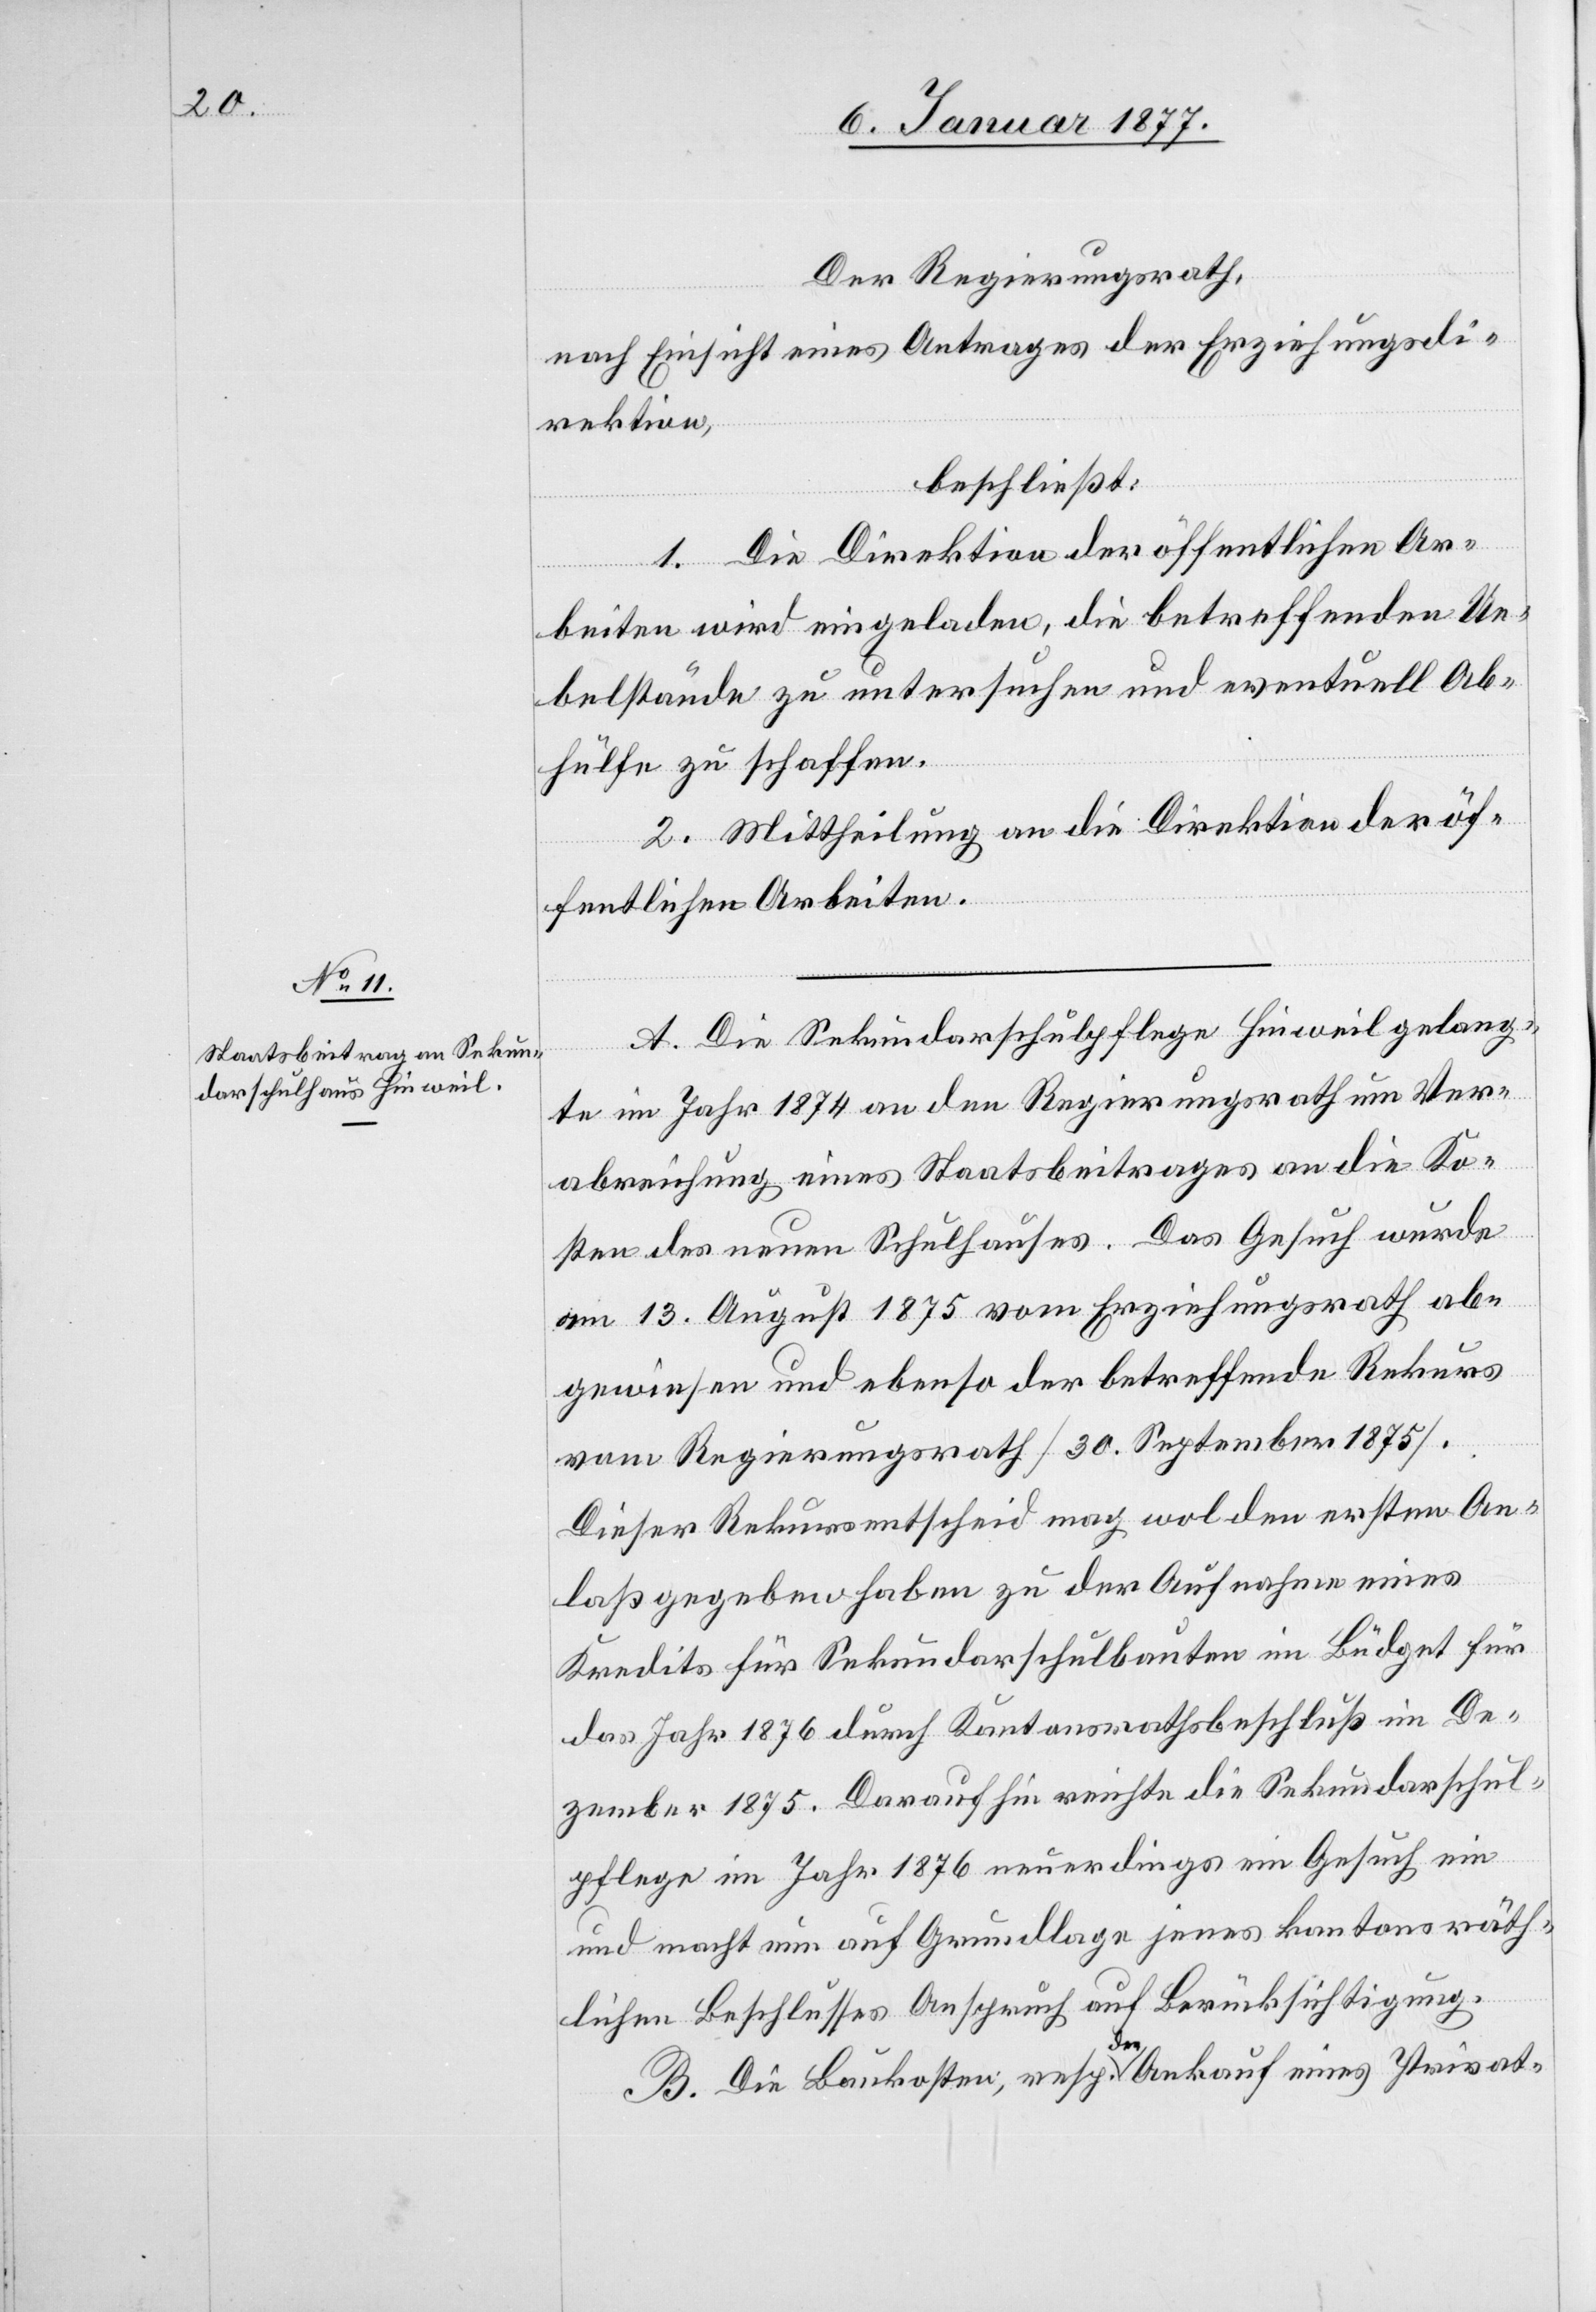
Der Regierungsrath,
nach Einsicht eines Antrages der Erziehungsdi¬
rektion,
beschließt:
1. Die Direktion der öffentlichen Ar¬
beiten wird eingeladen, die betreffenden Ue¬
belstände zu untersuchen und eventuell Ab¬
hülfe zu schaffen.
2. Mittheilung an die Direktion der öf¬
fentlichen Arbeiten.
A. Die Sekundarschulpflege Hinweil gelang¬
te im Jahr 1874 an den Regierungsrath um Ver¬
abreichung eines Staatsbeitrages an die Ko¬
sten des neuen Schulhauses. Das Gesuch wurde
am 13. August 1875 vom Erziehungsrath ab¬
gewiesen und ebenso der betreffende Rekurs
vom Regierungsrath [30. September 1875].
Dieser Rekursentscheid mag wol den ersten An¬
laß gegeben haben zu Aufnahme eines
Kredites für Sekundarschulbauten im Büdget für
das Jahr 1876 durch Kantonsrathsbeschluß im De¬
zember 1875. Daraufhin reichte die Sekundarschul¬
pflege im Jahr 1876 neuerdings ein Gesuch ein
und macht nun auf Grundlage jenes kantonsräth¬
lichen Beschlusses Anspruch auf Berücksichtigung.
B. Die Baukosten, resp. der Ankauf eines Privat-